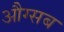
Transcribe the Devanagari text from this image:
औग्सब